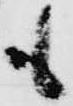
も